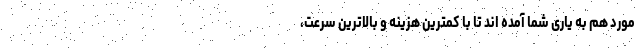
مورد هم به یاری شما آمده اند تا با کمترین هزینه و بالاترین سرعت،